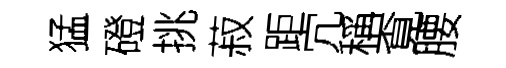
猛磴挑菽距宂稱覔腰